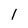
Character: 1